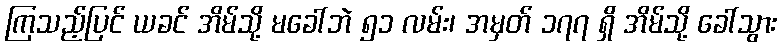
ကြသည့်ပြင် ယခင် အိမ်သို့ မခေါ်ဘဲ ၅၁ လမ်း၊ အမှတ် ၁၇၇ ရှိ အိမ်သို့ ခေါ်သွား